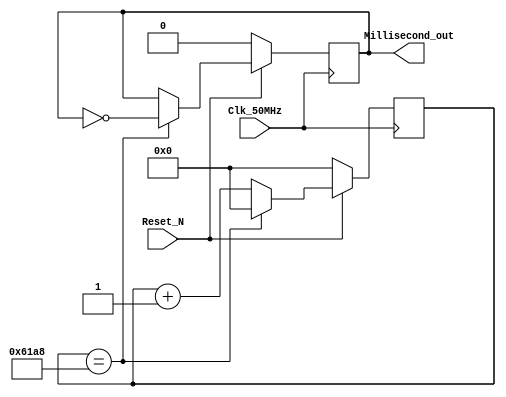
//Delay 1ms
//2014312
//Description : Output 1 Millisecond


module Millisecond(Reset_N,Clk_50MHz,Millisecond_out);
input Reset_N,Clk_50MHz;
output Millisecond_out;

reg Millisecond_out;
reg[0:27] count;
parameter Full = 28'h61A8;//9C4 61A8  h186A

always@(posedge Clk_50MHz)
begin
	if(!Reset_N)
		begin
			Millisecond_out <= 0;
			count <= 0;
		end
	else
		begin
			if(count == Full)
				begin
					Millisecond_out <= ~Millisecond_out;
					count <= 0;
				end
			else
				begin
					count <= count + 1'b1;
				end
		end
end

endmodule